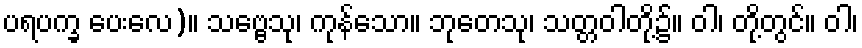
ပရပက္ခ ပေးလေ)။ သဗ္ဗေသု၊ ကုန်သော။ ဘုတေသု၊ သတ္တဝါတို့၌။ ဝါ၊ တို့တွင်။ ဝါ၊